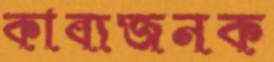
কাব্যজনক